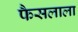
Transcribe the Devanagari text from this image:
फैसलाला